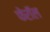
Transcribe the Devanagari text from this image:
फेरॉल